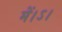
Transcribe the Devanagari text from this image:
में।ऽ।